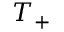
T _ { + }